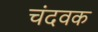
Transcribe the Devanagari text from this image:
चंदवक